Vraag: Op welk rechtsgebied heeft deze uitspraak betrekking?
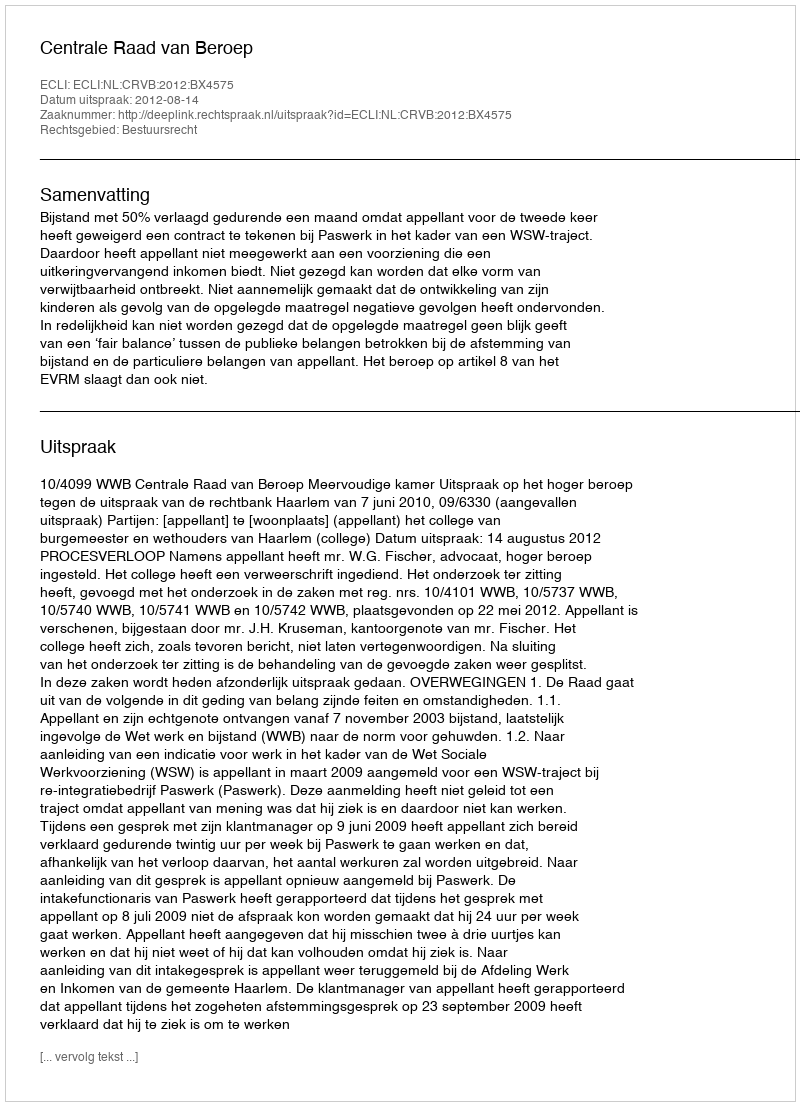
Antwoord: Bestuursrecht